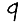
Digit: 9